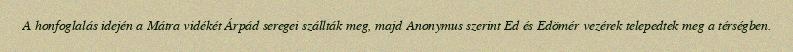
A honfoglalás idején a Mátra vidékét Árpád seregei szállták meg, majd Anonymus szerint Ed és Edömér vezérek telepedtek meg a térségben.